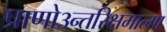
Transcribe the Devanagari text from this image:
प्राणो३न्तरिक्षमात्मा